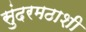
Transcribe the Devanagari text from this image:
सुंदरमठाशी